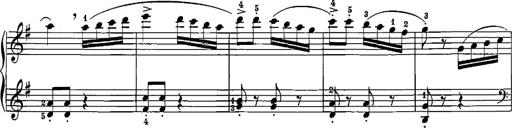
Title: 12 Sonatinas
Composer: Ignaz Pleyel